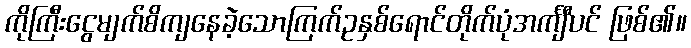
ကိုကြီးငွေမျက်စိကျနေခဲ့သောကြက်ဥနှစ်ရောင်တိုက်ပုံအင်္ကျီပင် ဖြစ်၏။